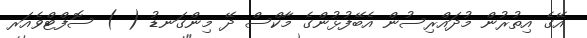
އޭގެ އިތުރުން މުދައްރިސުން އެބޭފުޅުންގެ މާކްސް ދޭ މިންގަނޑު ( ) ސޮފްޓްވެއަރ